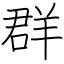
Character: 群